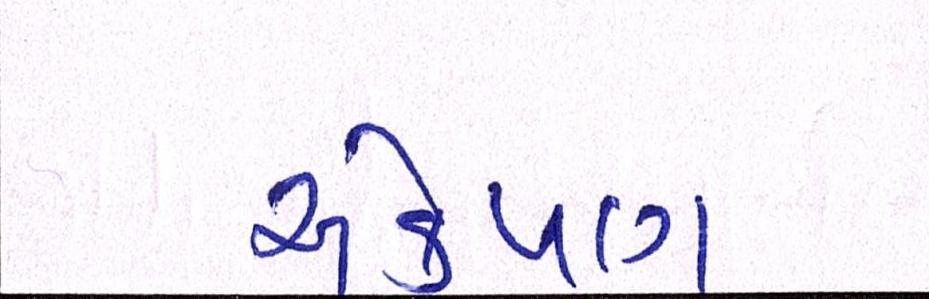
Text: એકપણ